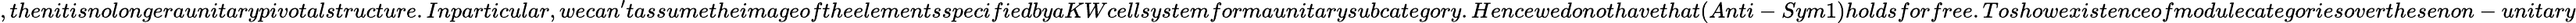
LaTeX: ,thenitisnolongeraunitarypivotalstructure.Inparticular,wecan^{\prime}tassumetheimageoftheelementsspecifiedbyaKWcellsystemformaunitarysubcategory.Hencewedonothavethat(Anti-Sym1)holdsforfree.Toshowexistenceofmodulecategoriesoverthesenon-unitary